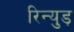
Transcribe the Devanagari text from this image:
रिन्युड़